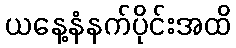
ယနေ့နံနက်ပိုင်းအထိ